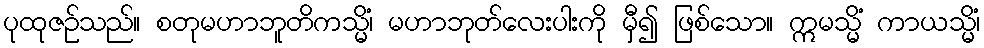
ပုထုဇဉ်သည်။ စတုမဟာဘူတိကသ္မိံ၊ မဟာဘုတ်လေးပါးကို မှီ၍ ဖြစ်သော။ ဣမသ္မိံ ကာယသ္မိံ၊